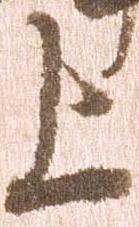
上